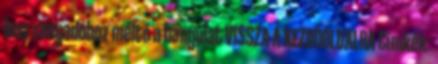
lesz rangadóhoz méltó a hangulat VISSZA A KEZDŐOLDALRA Címkék: